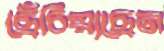
ছেঁচিয়াছেন